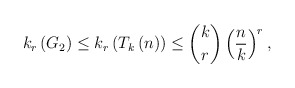
\begin{align*}k_{r}\left( G_{2}\right) \leq k_{r}\left( T_{k}\left( n\right) \right)\leq\binom{k}{r}\left( \frac{n}{k}\right) ^{r}, \end{align*}